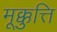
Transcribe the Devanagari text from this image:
मूक्कुत्ति